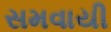
સમવાયી